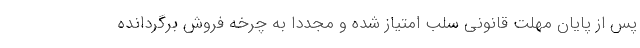
پس از پایان مهلت قانونی سلب امتیاز شده و مجدداً به چرخه فروش برگردانده